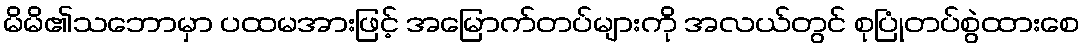
မိမိ၏သဘောမှာ ပထမအားဖြင့် အမြောက်တပ်များကို အလယ်တွင် စုပြုံတပ်စွဲထားစေ